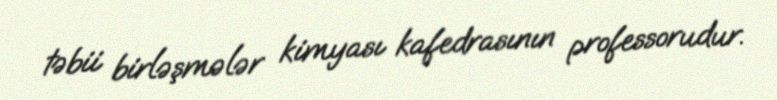
təbii birləşmələr kimyası kafedrasının professorudur.